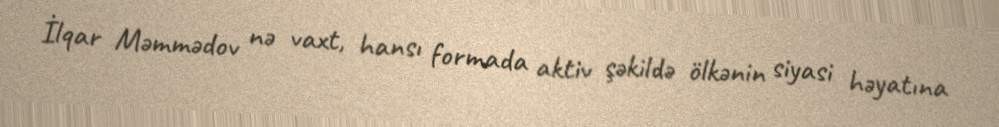
İlqar Məmmədov nə vaxt, hansı formada aktiv şəkildə ölkənin siyasi həyatına